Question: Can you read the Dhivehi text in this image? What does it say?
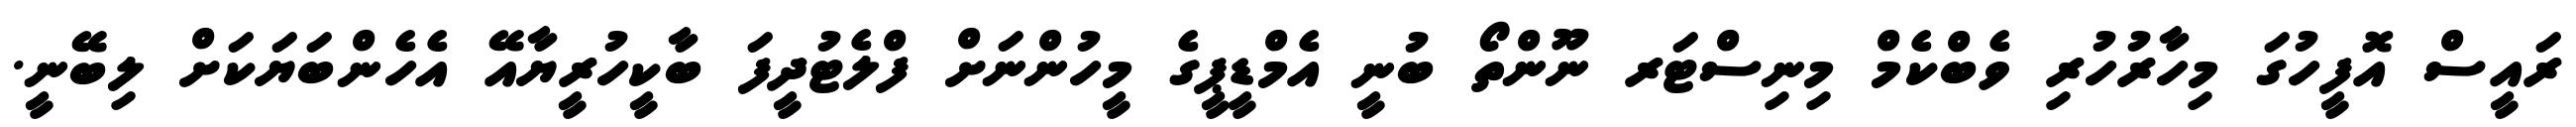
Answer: ރައީސް އޮފީހުގަ މިހާރުހުރި ވެބްކެމް މިނިސްޓަރ ނޫންތޯ ބުނީ އެމްޑީޕީގެ މީހުންނަށް ފްލެޓުދީފަ ބާކީހުރީޔާއޭ އެހެންބަޔަކަށް ލިބޭނީ.